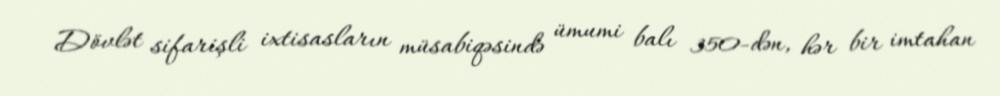
Dövlət sifarişli ixtisasların müsabiqəsində ümumi balı 350-dən, hər bir imtahan